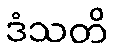
ဒံသတိ